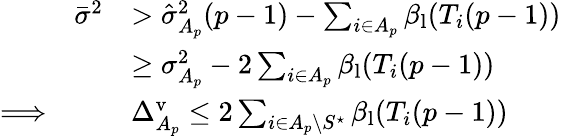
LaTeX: \begin{array}{rl}{\bar{\sigma}^{2}}&{>\hat{\sigma}_{A_{p}}^{2}(p-1)-\sum_{i\in A_{p}}\beta_{\mathrm{l}}(T_{i}(p-1))}\\ &{\geq\sigma_{A_{p}}^{2}-2\sum_{i\in A_{p}}\beta_{\mathrm{l}}(T_{i}(p-1))}\\ {\Longrightarrow\qquad}&{\Delta_{A_{p}}^{\mathrm{v}}\leq 2\sum_{i\in A_{p}\setminus S^{\star}}\beta_{\mathrm{l}}(T_{i}(p-1))}\end{array}